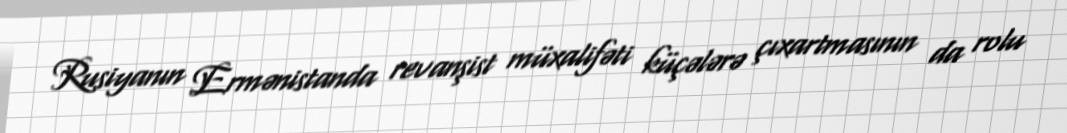
Rusiyanın Ermənistanda revanşist müxalifəti küçələrə çıxartmasının da rolu